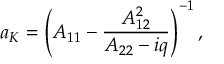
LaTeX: a _ { K } = \left( A _ { 1 1 } - \frac { A _ { 1 2 } ^ { 2 } } { A _ { 2 2 } - i q } \right) ^ { - 1 } ,